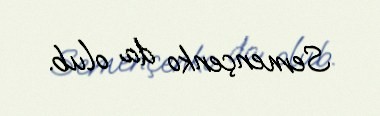
Semençenko da olub.